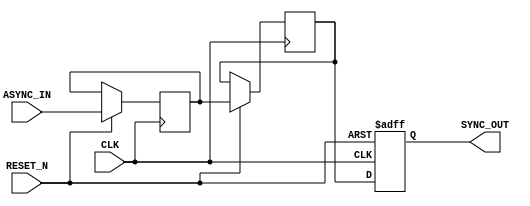
module async_to_sync_converter (
    input wire ASYNC_IN,     // Asynchronous input signal
    input wire CLK,          // Clock signal
    input wire RESET_N,      // Asynchronous active-low reset
    output reg SYNC_OUT      // Synchronous output signal
);

// Internal signals for double-register stage
reg async_reg1;
reg async_reg2;

// Asynchronous reset to initialize output
always @(negedge RESET_N or posedge CLK) begin
    if (!RESET_N) begin
        SYNC_OUT <= 1'b0;    // Initialize SYNC_OUT to 0 on reset
    end else begin
        // Sampling the ASYNC_IN signal through two registers
        async_reg1 <= ASYNC_IN;  
        async_reg2 <= async_reg1; 

        // Capture the stable signal at the rising edge of the clock
        SYNC_OUT <= async_reg2;
    end
end

endmodule